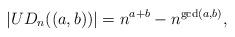
LaTeX: \begin{align*}|UD_n((a,b))|=n^{a+b}-n^{{\rm gcd}(a,b)},\end{align*}